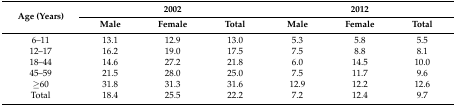
<table><thead><tr><td rowspan="2"><b>Age (Years)</b></td><td colspan="3"><b>2002</b></td><td colspan="3"><b>2012</b></td></tr><tr><td><b>Male</b></td><td><b>Female</b></td><td><b>Total</b></td><td><b>Male</b></td><td><b>Female</b></td><td><b>Total</b></td></tr></thead><tbody><tr><td>6–11</td><td>13.1</td><td>12.9</td><td>13.0</td><td>5.3</td><td>5.8</td><td>5.5</td></tr><tr><td>12–17</td><td>16.2</td><td>19.0</td><td>17.5</td><td>7.5</td><td>8.8</td><td>8.1</td></tr><tr><td>18–44</td><td>14.6</td><td>27.2</td><td>21.8</td><td>6.0</td><td>14.5</td><td>10.0</td></tr><tr><td>45–59</td><td>21.5</td><td>28.0</td><td>25.0</td><td>7.5</td><td>11.7</td><td>9.6</td></tr><tr><td>≥60</td><td>31.8</td><td>31.3</td><td>31.6</td><td>12.9</td><td>12.2</td><td>12.6</td></tr><tr><td>Total</td><td>18.4</td><td>25.5</td><td>22.2</td><td>7.2</td><td>12.4</td><td>9.7</td></tr></tbody></table>